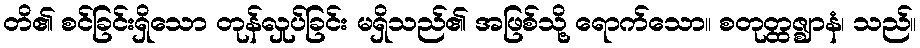
တိ၏ စင်ခြင်းရှိသော တုန်လှုပ်ခြင်း မရှိသည်၏ အဖြစ်သို့ ရောက်သော။ စတုတ္ထဇ္ဈာနံ၊ သည်။